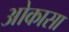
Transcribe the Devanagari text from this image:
ओकासा